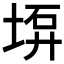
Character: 𡍟